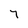
Character: 7